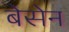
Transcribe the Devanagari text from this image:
बेसेन